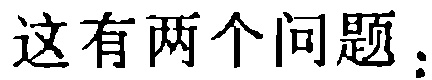
这有两个问题。